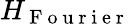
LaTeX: H_{\mathrm{~F~o~u~r~i~e~r~}}